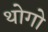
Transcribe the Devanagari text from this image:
थोगो